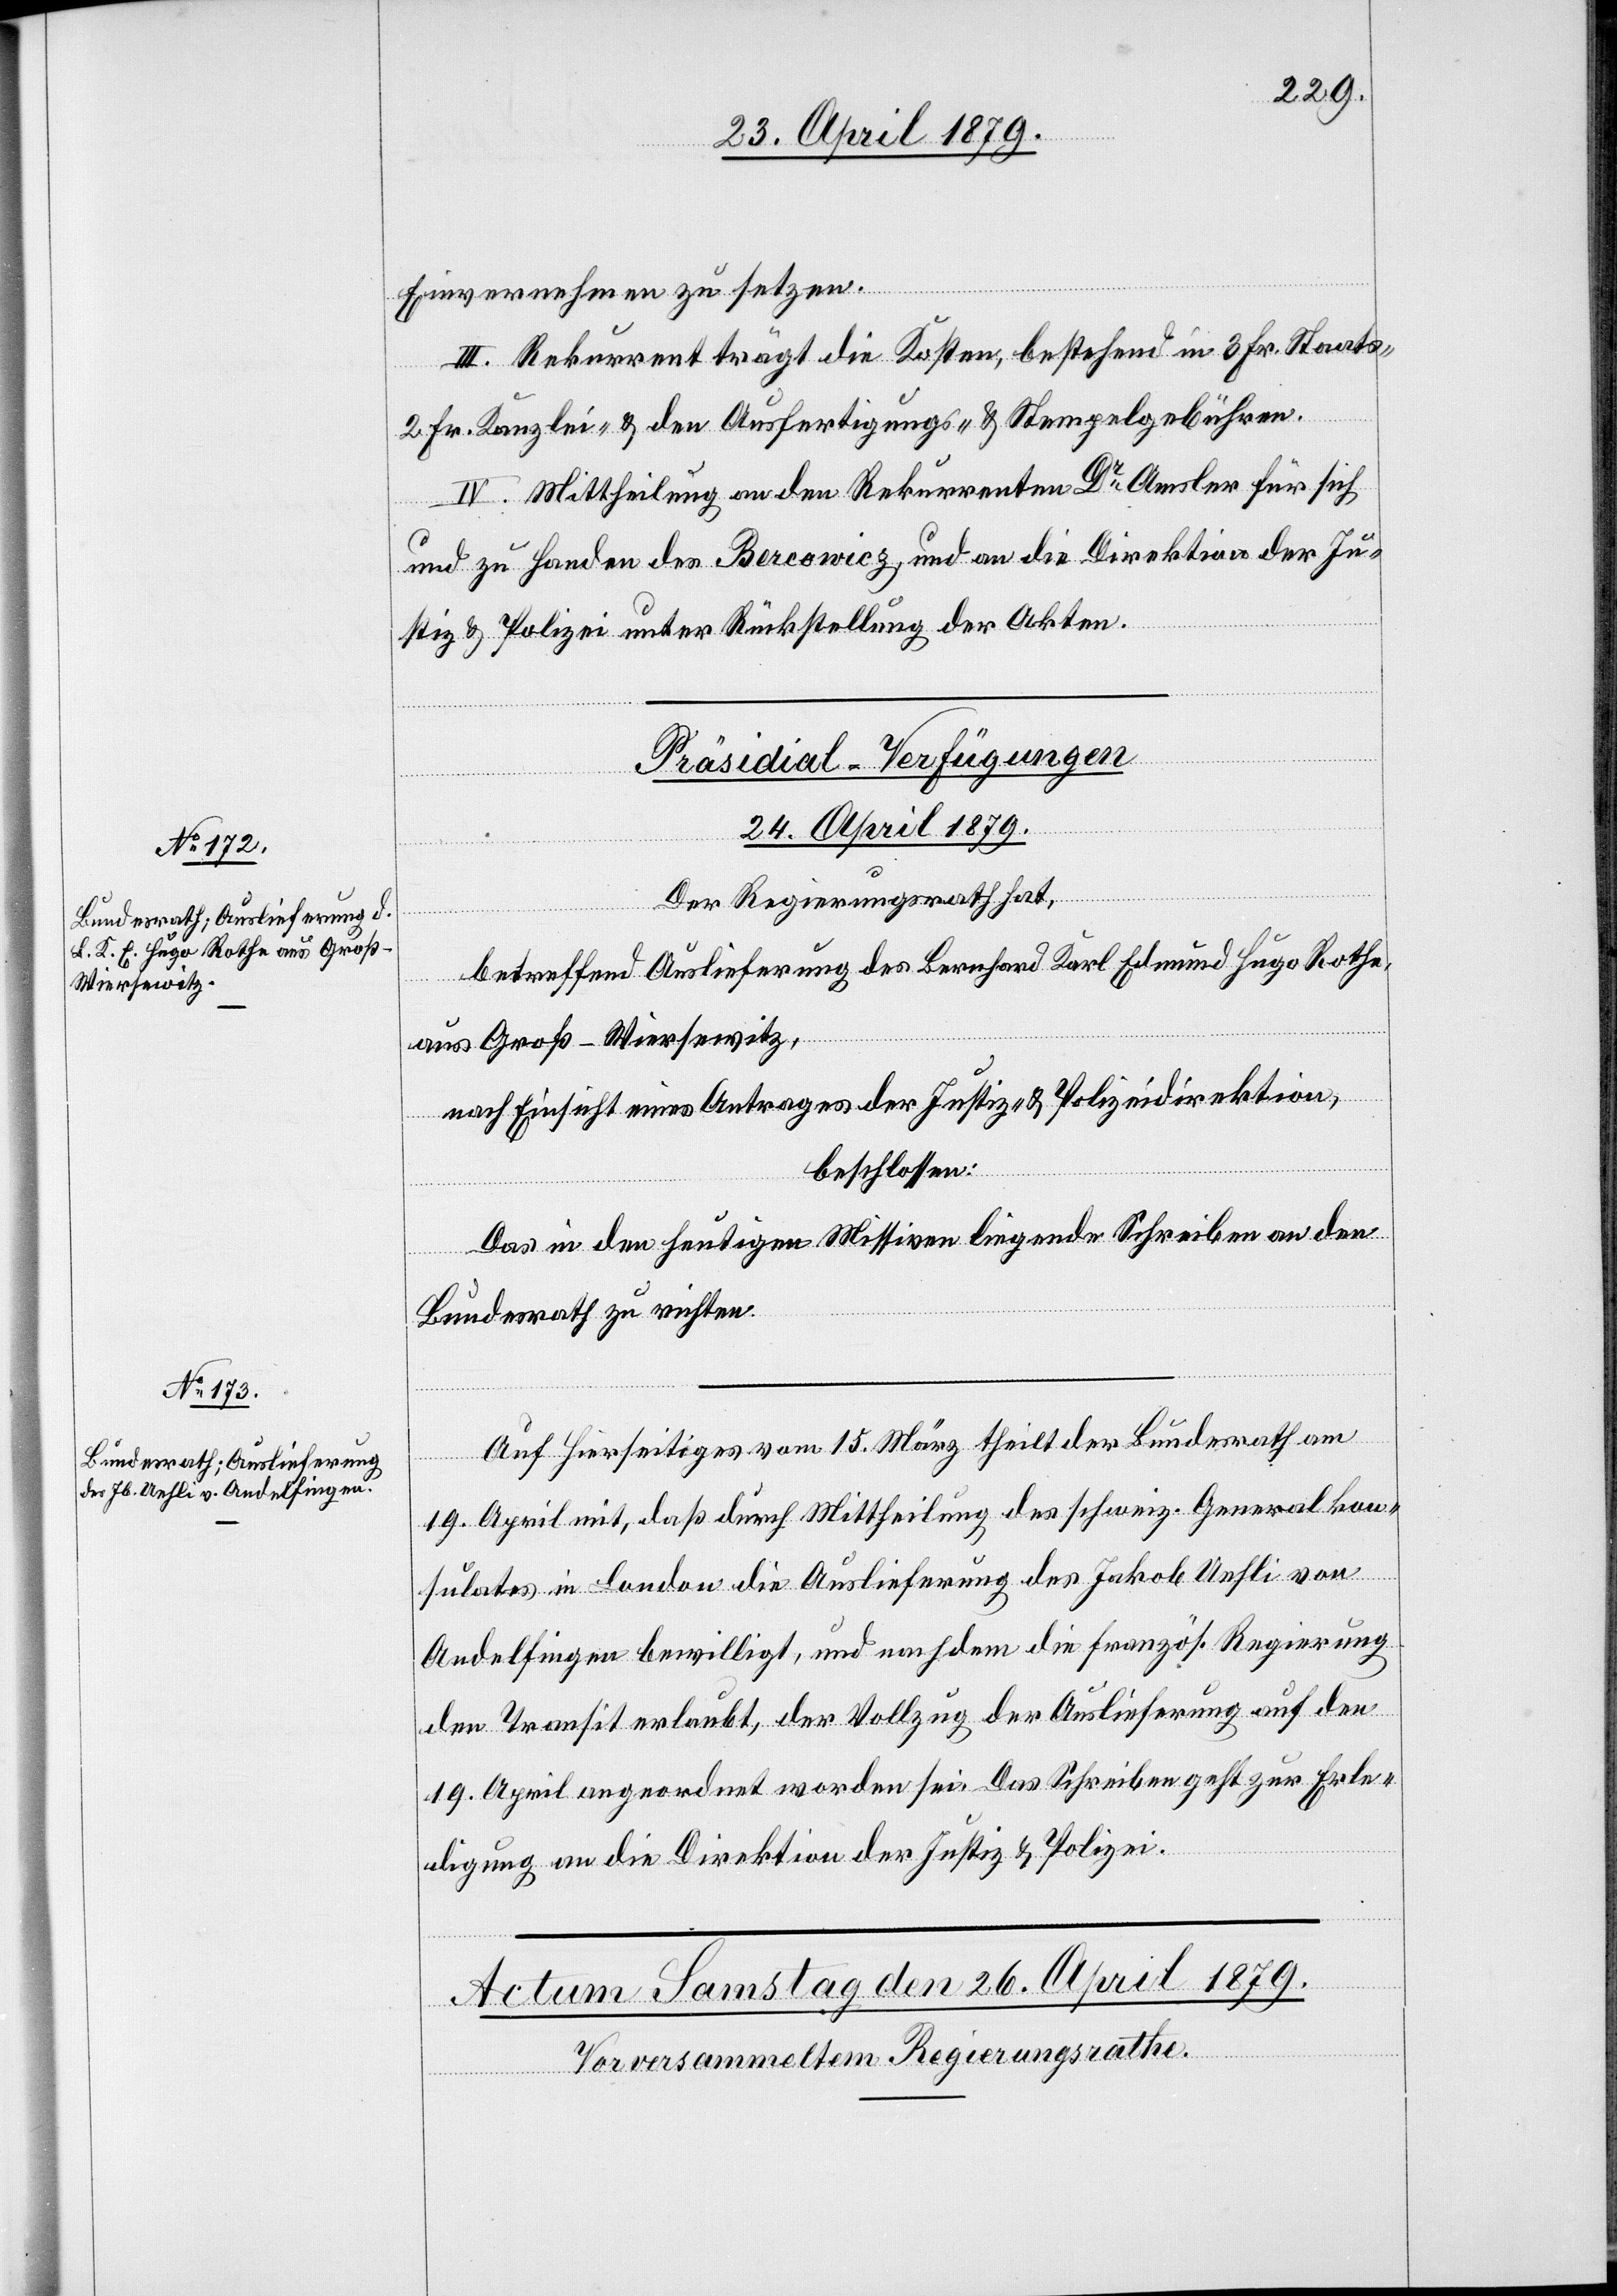
[Präsidial-Verfügungen
24. April 1879.]
Der Regierungsrath hat,
betreffend Auslieferung des Bernhard Karl Edmund Hugo Rothe,
aus Groß-Wiersewitz,
nach Einsicht eines Antrages der Justiz- & Polizeidirektion,
beschlossen:
Das in den heutigen Missiven liegende Schreiben an den
Bundesrath zu richten.
Auf Hierseitiges vom 15. März theilt der Bundesrath am
19. April mit, daß durch Mittheilung des schweiz. Generalkon¬
sulates in London die Auslieferung des Jakob Uehli von
Andelfingen bewilligt, und nachdem die französ. Regierung
den Transit erlaubt, der Vollzug der Auslieferung auf den
19. April angeordnet worden sei. Das Schreiben geht zur Erle¬
digung an die Direktion der Justiz & Polizei.